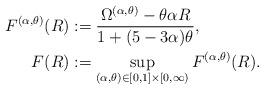
LaTeX: \begin{align*}F^{(\alpha,\theta)}(R) & :=\frac{\Omega^{(\alpha,\theta)}-\theta\alpha R}{1+(5-3\alpha)\theta},\\*F(R) & :=\sup_{(\alpha,\theta)\in[0,1]\times[0,\infty)}F^{(\alpha,\theta)}(R).\end{align*}